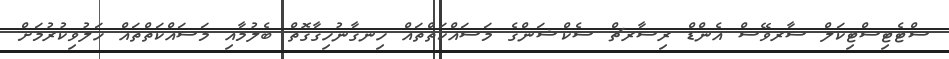
ސްޓެޓިސްޓިކަލް ސާރވޭސް އެންޑް ރިސާރޗް ސެކްޝަންގެ މަސައްކަތްތައް ހިނގާނުހިގާގޮތް ބެލުމާއި މަސައްކަތްތައް ހަލުވިކުރުމަށް